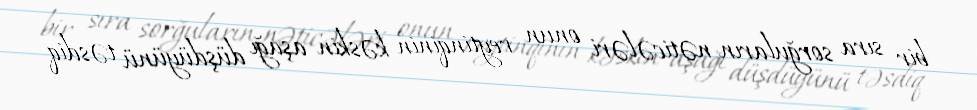
bir sıra sorğuların nəticələri onun reytinqinin kəskin aşağı düşdüyünü təsdiq